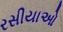
રસીયાઓ